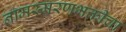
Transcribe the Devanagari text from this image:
नामस्मरणभक्तीचा